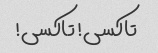
تاکسی! تاکسی!